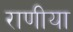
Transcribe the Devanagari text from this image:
राणीया